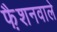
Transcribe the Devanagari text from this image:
फै़शनवाले